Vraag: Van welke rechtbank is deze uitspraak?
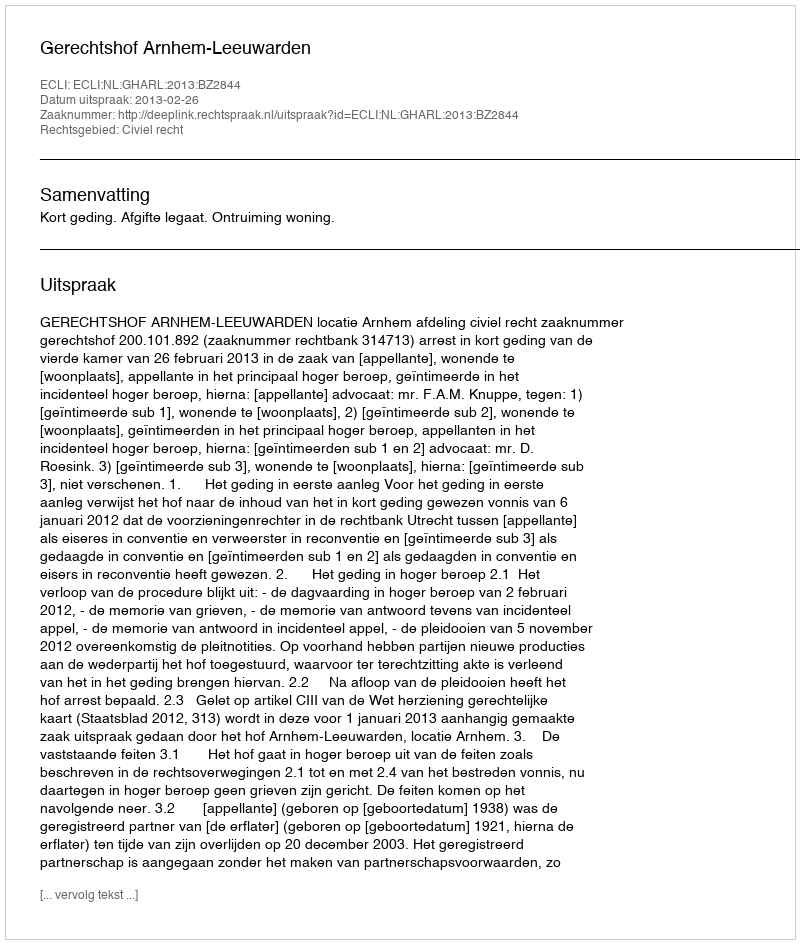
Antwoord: Gerechtshof Arnhem-Leeuwarden